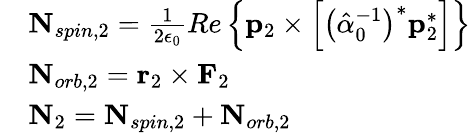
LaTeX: \begin{array}{rl}&{\mathbf{N}_{spin,2}=\frac{1}{2\epsilon_{0}}Re\left\{ \mathbf{p}_{2}\times\left[\left(\hat{\alpha}_{0}^{-1}\right)^{*}\mathbf{p}_{2}^{*}\right]\right\} }\\ &{\mathbf{N}_{orb,2}=\mathbf{r}_{2}\times\mathbf{F}_{2}}\\ &{\mathbf{N}_{2}=\mathbf{N}_{spin,2}+\mathbf{N}_{orb,2}}\end{array}